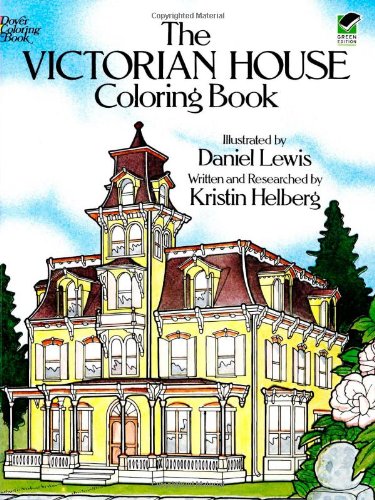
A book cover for The Victorian House Coloring Book; Kristin Helberg; Children's Books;